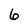
Character: 6